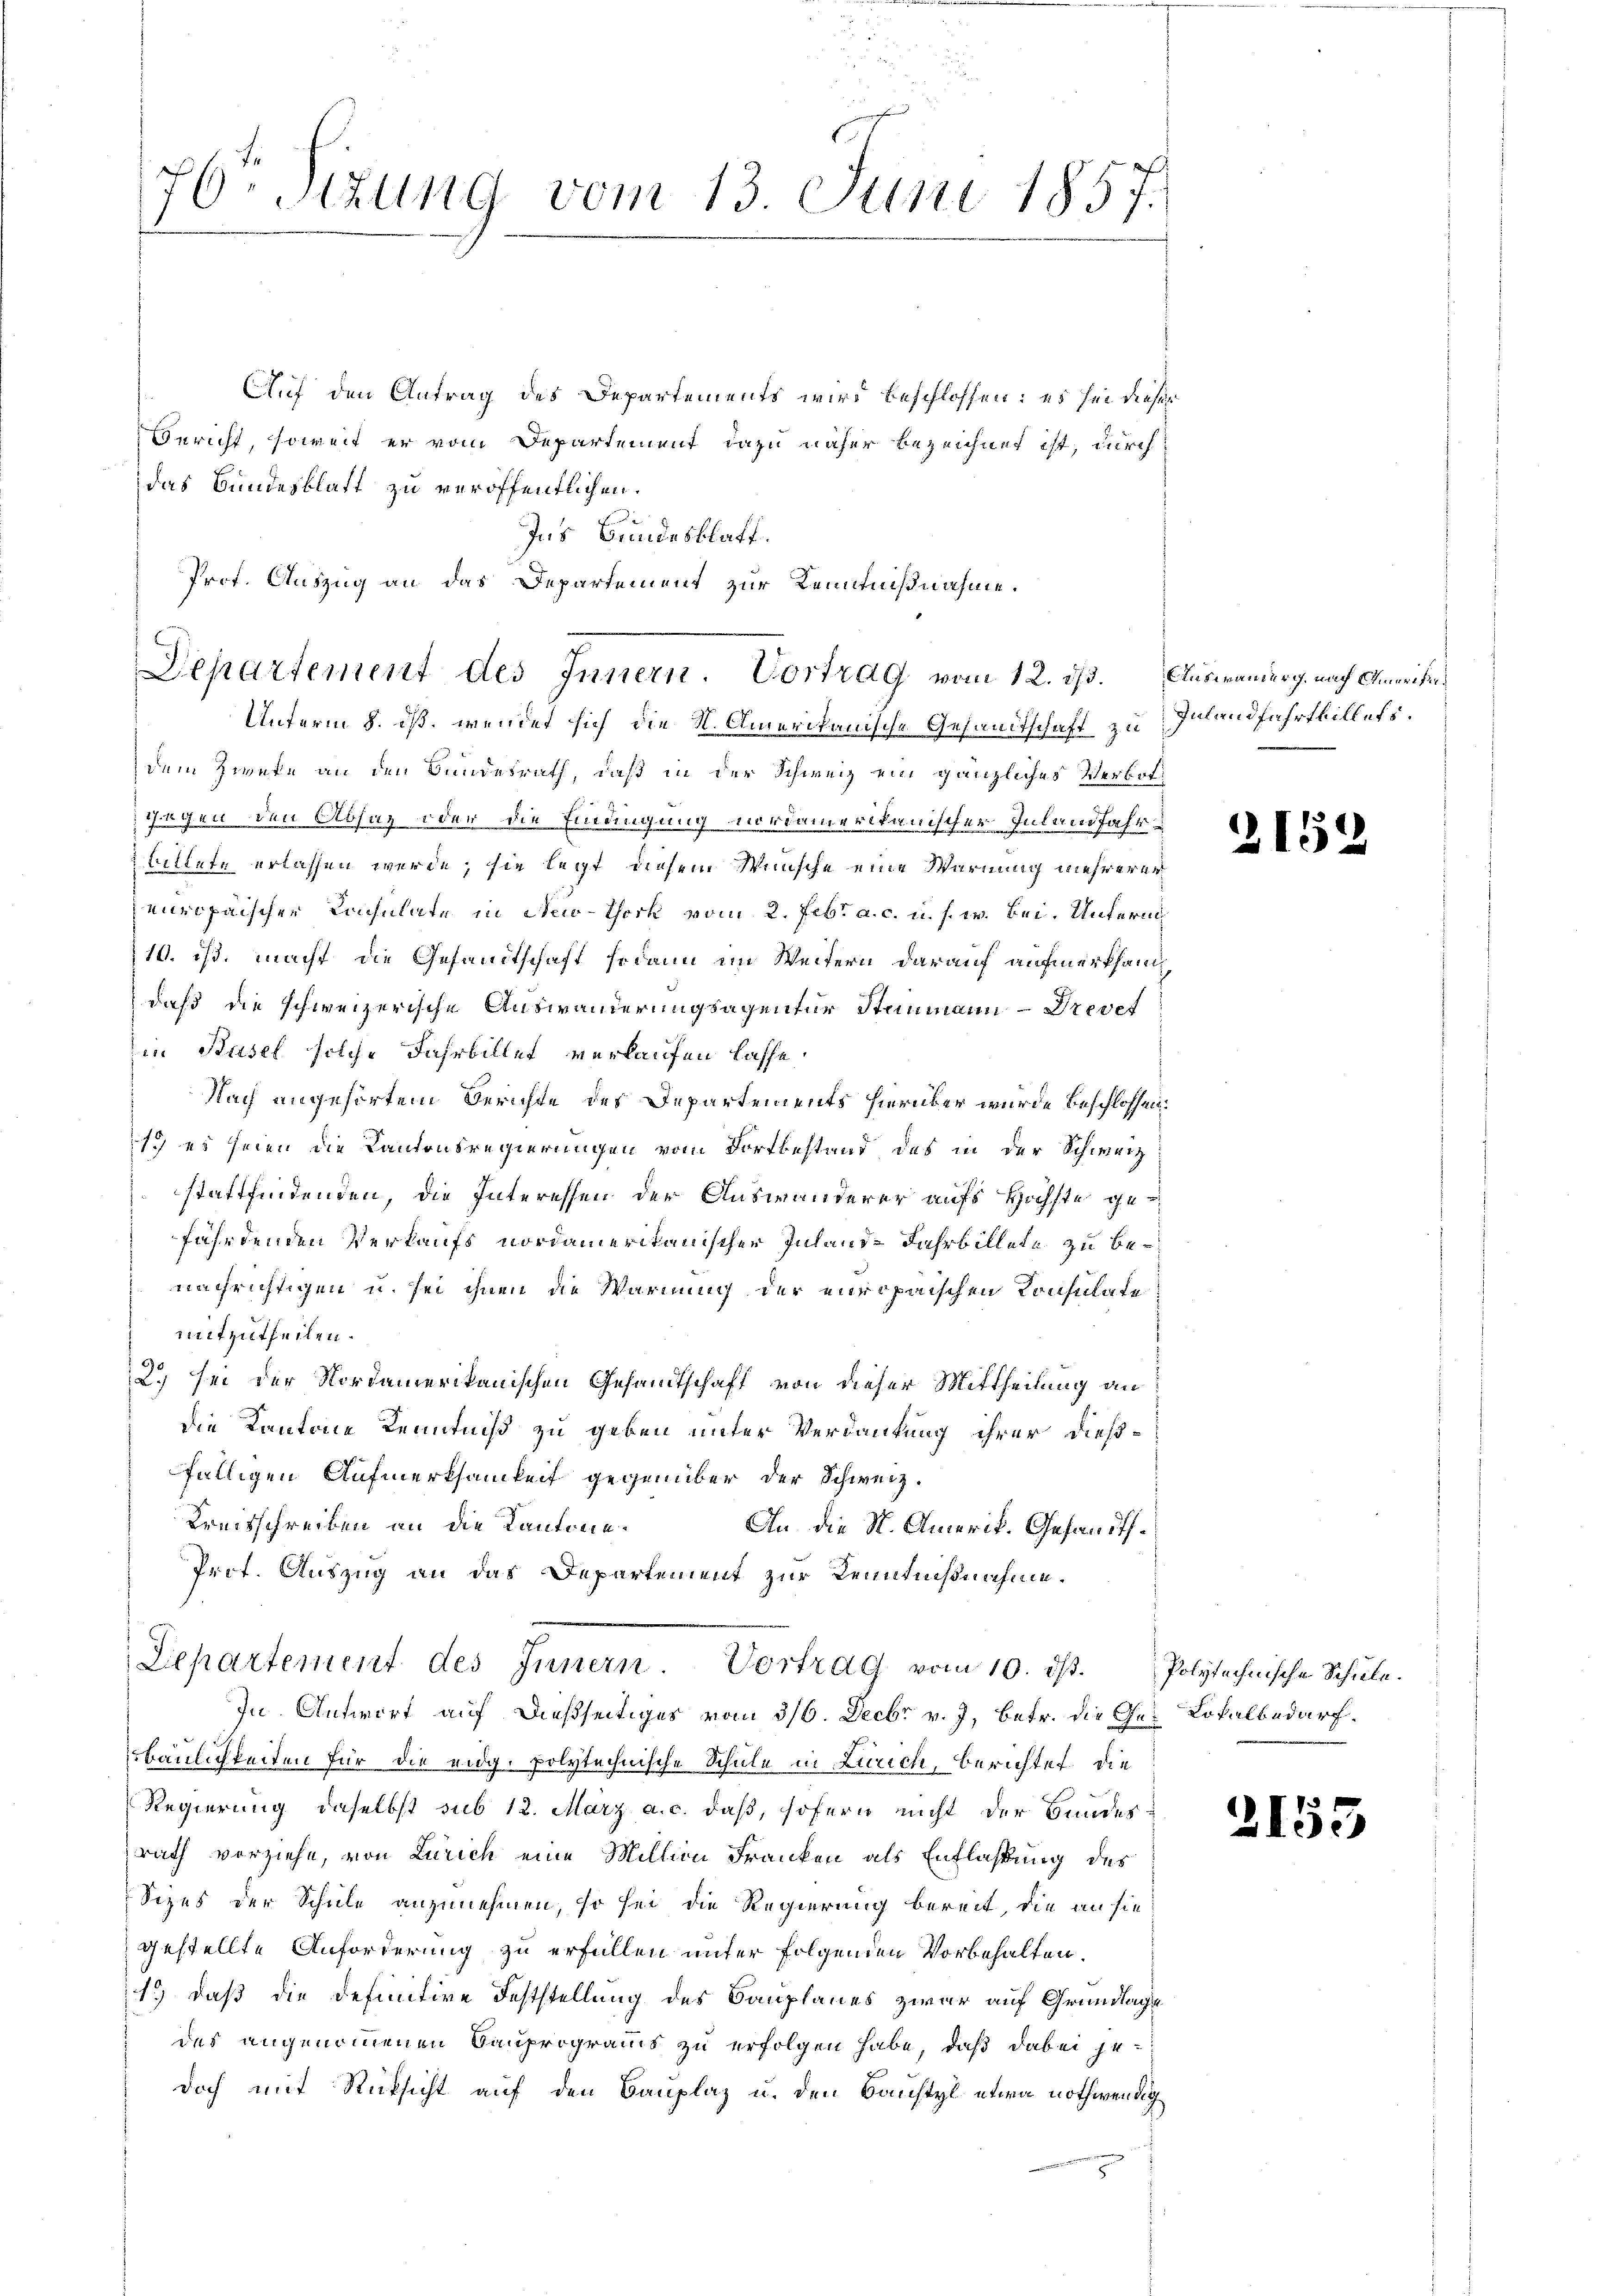
76 Stzung vom 13. Juni 1857.

Auf den Antrag des Departements wird beschlossen: es sei dieses
Bericht, soweit er vom Departement dazu näher bezeichnet ist, durch
das Bundesblatt zu veröffentlichen.
Ins Bundesblatt.
Prof. Auszug an das Departement zur Kenntnißnahme.

Departement des Innern. Vortrag vom 12. ds. Auswanderg. nach Amerikei¬
Unterm 8. ds. wendet sich die N. Amerikanische Gesandtschaft zu Inlandfahrthillets.

dem Zweke an den Bundesrath, daß in der Schweiz ein gänzliches Verbot¬
Gegen den Absag oder die Eindingung vordamerikanischer Inlandfahr
Billete erlassen werde; sie legt diesem Wunsche eine Warnung mehrerer
europäischer Consulate in New-York vom 2. Febr. a. c. u. s. w. bei. Unterm
10. ist, macht die Gesandtschaft sodann im Weitern darauf aufmerksam
daß die schweizerische Auswanderungsagentur Steinmann - Drevet
in Basel solche Fahrbillet verlaufen lasse,
Nach angehörtem Berichte des Departements hierüber wurde beschlossen:
1. es seien die Kantonsregierungen vom Fortbestand des in der Schweiz.
stattfindenden, die Interessen der Auswanderer aufs Höchste gefährdenden Verkaufs nordameritanischer Inland-Fahrbillete zu be¬
 nachrichtigen u. sei ihnen die Warnung der europaischen Konsulate
mitzutheilen.
2.) sei der Nordamerikanischen Gesandtschaft von dieser Mittheilung an
die Kantone Kenntniß zu geben unter Verdankung ihrer dießfälligen Aufmerksamkeit gegenüber der Schweiz.
Kreisschreiben an die Kantone.
An die St. Amerik. Gesandts¬
Prot. Auszug an das Departement zur Kenntnißnahme.
Departement des Innern Vortrag vom 10. dβ. Polytechnische Schŭle.
In Antwort auf dießseitiges vom 3/6. Decbr v. J. betr. die Ge- Lokalbedarf.
bäulichkeiten für die eidg. polytechnische Schule in Zürich, berichtet die
Regierung, daselbst sub 12. März a. c. daß, sofern nicht der Bundes-
rath vorziehe, von Zürich eine Million Franken als Entlaßung des
Sizes der Schule anzunehmen, so sei die Regierung bereit, die an sie
gestellte Anforderung zu erfüllen unter folgenden Vorbehalten.
1.) daß die definitive Feststellung des Bauplanes zwar auf Grundlage
des angenommenen Bauprograms zu erfolgen habe, daß dabei jedoch mit Rücksicht auf den Bauplaz u. den Baustyl etwa nothwendig

2152

2155